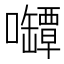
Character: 𰉊